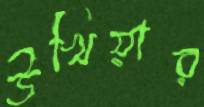
উখিয়ার